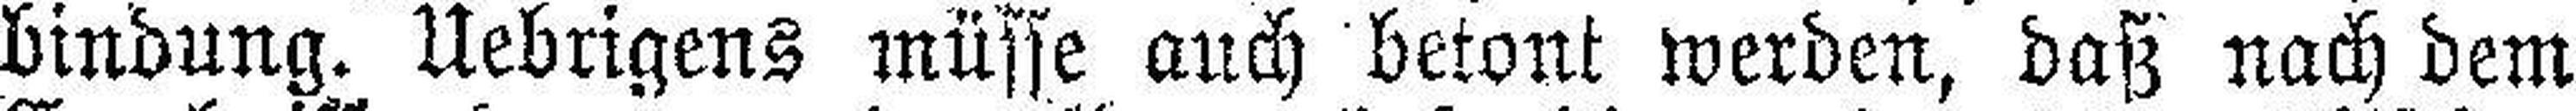
bindung. Uebrigens müsse auch betont werden, daß nach dem